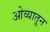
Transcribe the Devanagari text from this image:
ओव्यातून